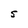
Character: 5